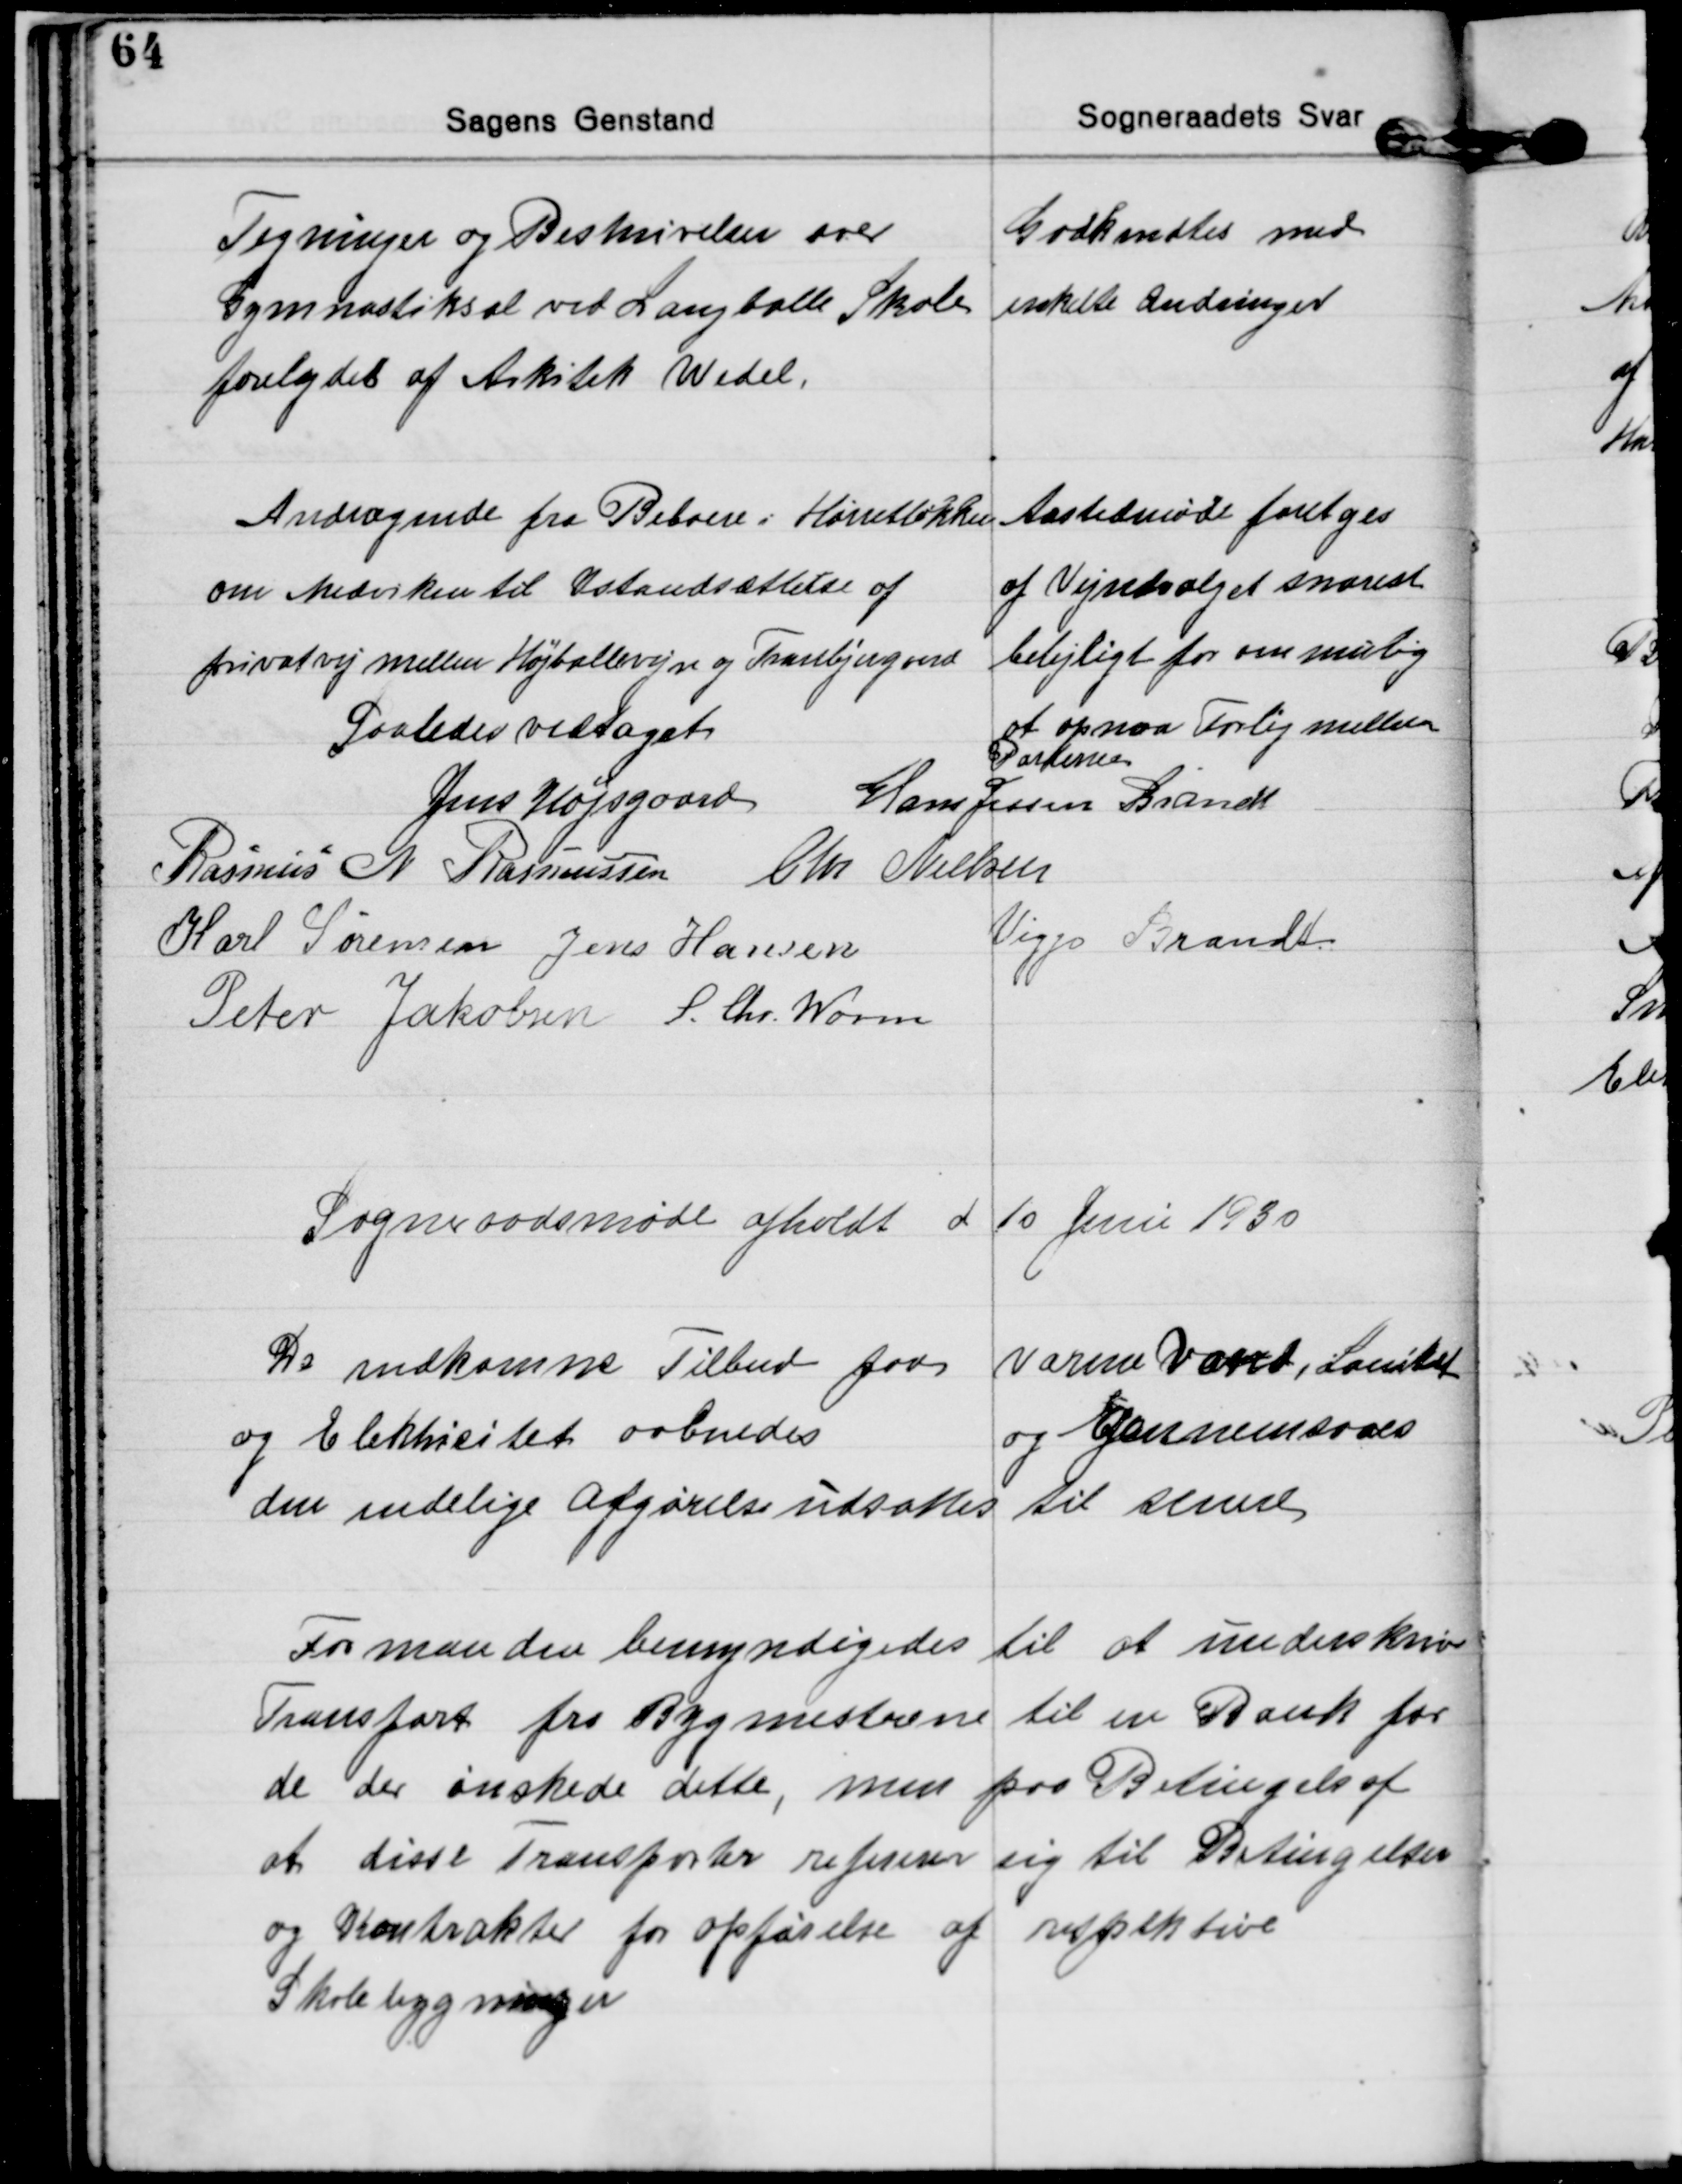
Transskription:
Tegninger og Beskrivelser over
Gymnastiksal ved Langballe Skole
forelagdes af Arkitek Wedel.
Godkendtes med
enkelte Ændringer

Andragende fra Beboere i Hørretløkken
om Medvirken til Istandsættelse af
privatvej mellem Højballevejen og Tranbjergaard
Aastedsmøde foretages
af Vejudvalget snarest
belejligt for om mulig
at opnaa Forlig mellem
Parterne.

Saaledes vedtaget

Jens Højsgaard Hans Jessen Brandt
Rasmus N. Rasmussen Chr. Nielsen
Karl Sørensen Jens Hansen
Viggo Brandt
Peter Jakobsen S. Chr. Worm

Sogneraadsmøde afholdt d 10 Juni 1930

De indkomne Tilbud paa varme Vand, Sanitet
og Elektricitet aabnedes 
og gennemsaaes
den endelige Afgørelse udsattes til senere

Formanden bemyndigedes til at underskrive
Transport fra Bygmestrene til en Bank for
de der ønskede dette, men paa Betingelse af
at disse Transporter refererer sig til Betingelser
og Kontrakter for opførelse af respektive
Skolebygninger